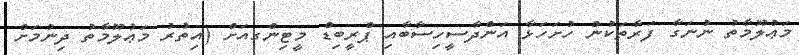
މަޢުލޫމާތު ނުނަގާ ފަރާތަކުން ހުށަހަޅާ އަންދާސީހިސާބާއި ޕްރީބިޑް މީޓިންގއަށް (އިތުރު މަޢުލޫމާތު ދިނުމަށް